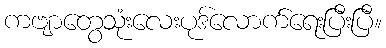
ကဗျာတွေသုံးလေးပုဒ်လောက်ရေးပြီးပြီ။